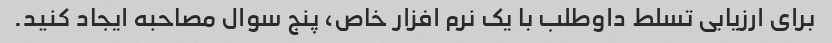
برای ارزیابی تسلط داوطلب با یک نرم افزار خاص، پنج سوال مصاحبه ایجاد کنید.